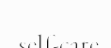
self-care